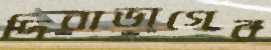
দিবাভাগের